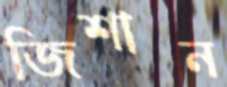
জিশান